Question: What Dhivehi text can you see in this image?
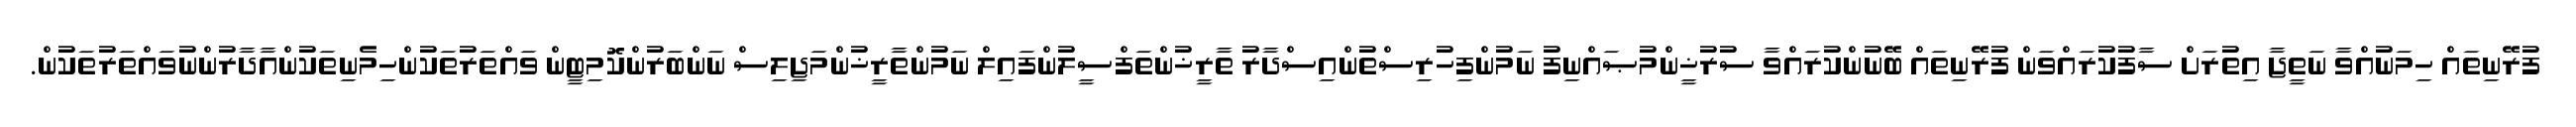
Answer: ފުރޭނިތައް ހިމަނުއްވާ ނަތީޖާ އިތުރަށް ސާފުކުރައްވަން ފުރޭނިތައް ބޭނުންކުރައްވާ ސުރުޚީންމުޞައްނިފު ނަމުންފިހުރިސްތުންއިސްދާރު ތާރީޚުންތަފްސީލުންފައިލް ނަމުންތާރީޚުންމަޖިލިސް ނަންބަރުންކޮމިޓީން ވައްތަރުތަކުންހިމެނިތަކުންއާދާރުންނުވައްތަރުތަކުން.